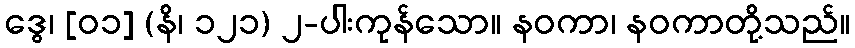
ဒွေ၊ [၀၁] (နိ၊ ၁၂၁) ၂-ပါးကုန်သော။ နဝကာ၊ နဝကာတို့သည်။